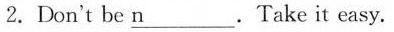
2.Don't be \underline{n} .Take it easy.